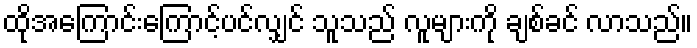
ထိုအကြောင်းကြောင့်ပင်လျှင် သူသည် လူများကို ချစ်ခင် လာသည်။